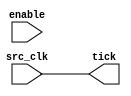
//=========================================================================
// Name & Email must be EXACTLY as in Gradescope roster!
// Name: 
// Email: 
// 
// Assignment name: 
// Lab section: 
// TA: 
// 
// I hereby certify that I have not received assistance on this assignment,
// or used code, from ANY outside source other than the instruction team
// (apart from what was provided in the starter file).
//
//=========================================================================

module gen_tick # ( parameter SRC_FREQ = 5000, parameter TICK_FREQ = 1) (
    input src_clk,
    input enable,
    output tick
);

// Declare registers and wires here

always @(posedge src_clk) begin
    // put your code for the multiplier here
end

// Change this assign statement to the actual tick value
assign tick = src_clk;

endmodule